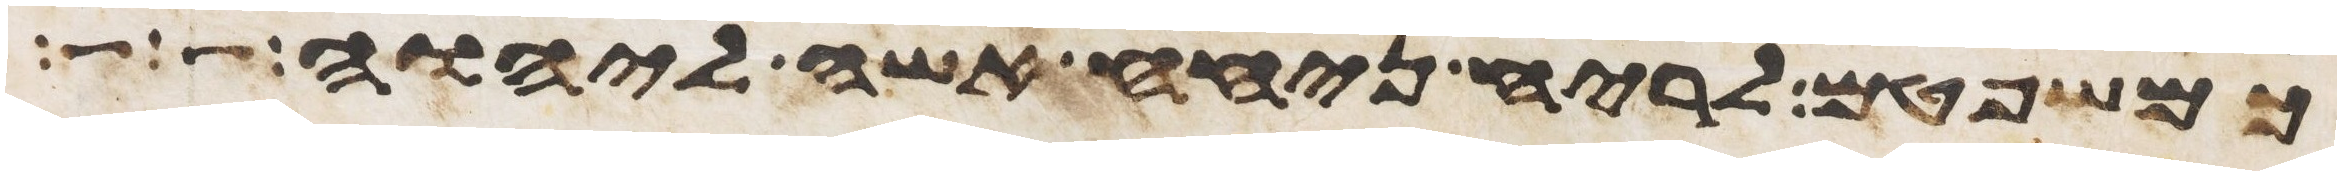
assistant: כמשפטם לריח ניחח אשה ליהוה